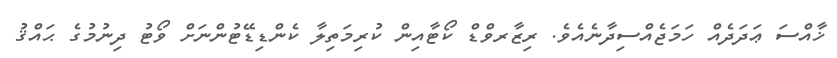
ޚާއްސަ ޢަދަދެއް ހަމަޖެއްސިދާނެއެވެ. ރިޒާރވްޑް ކޯޓާއިން ކުރިމަތިލާ ކެންޑިޑޭޓުންނަށް ވޯޓު ދިނުމުގެ ޙައްޤު